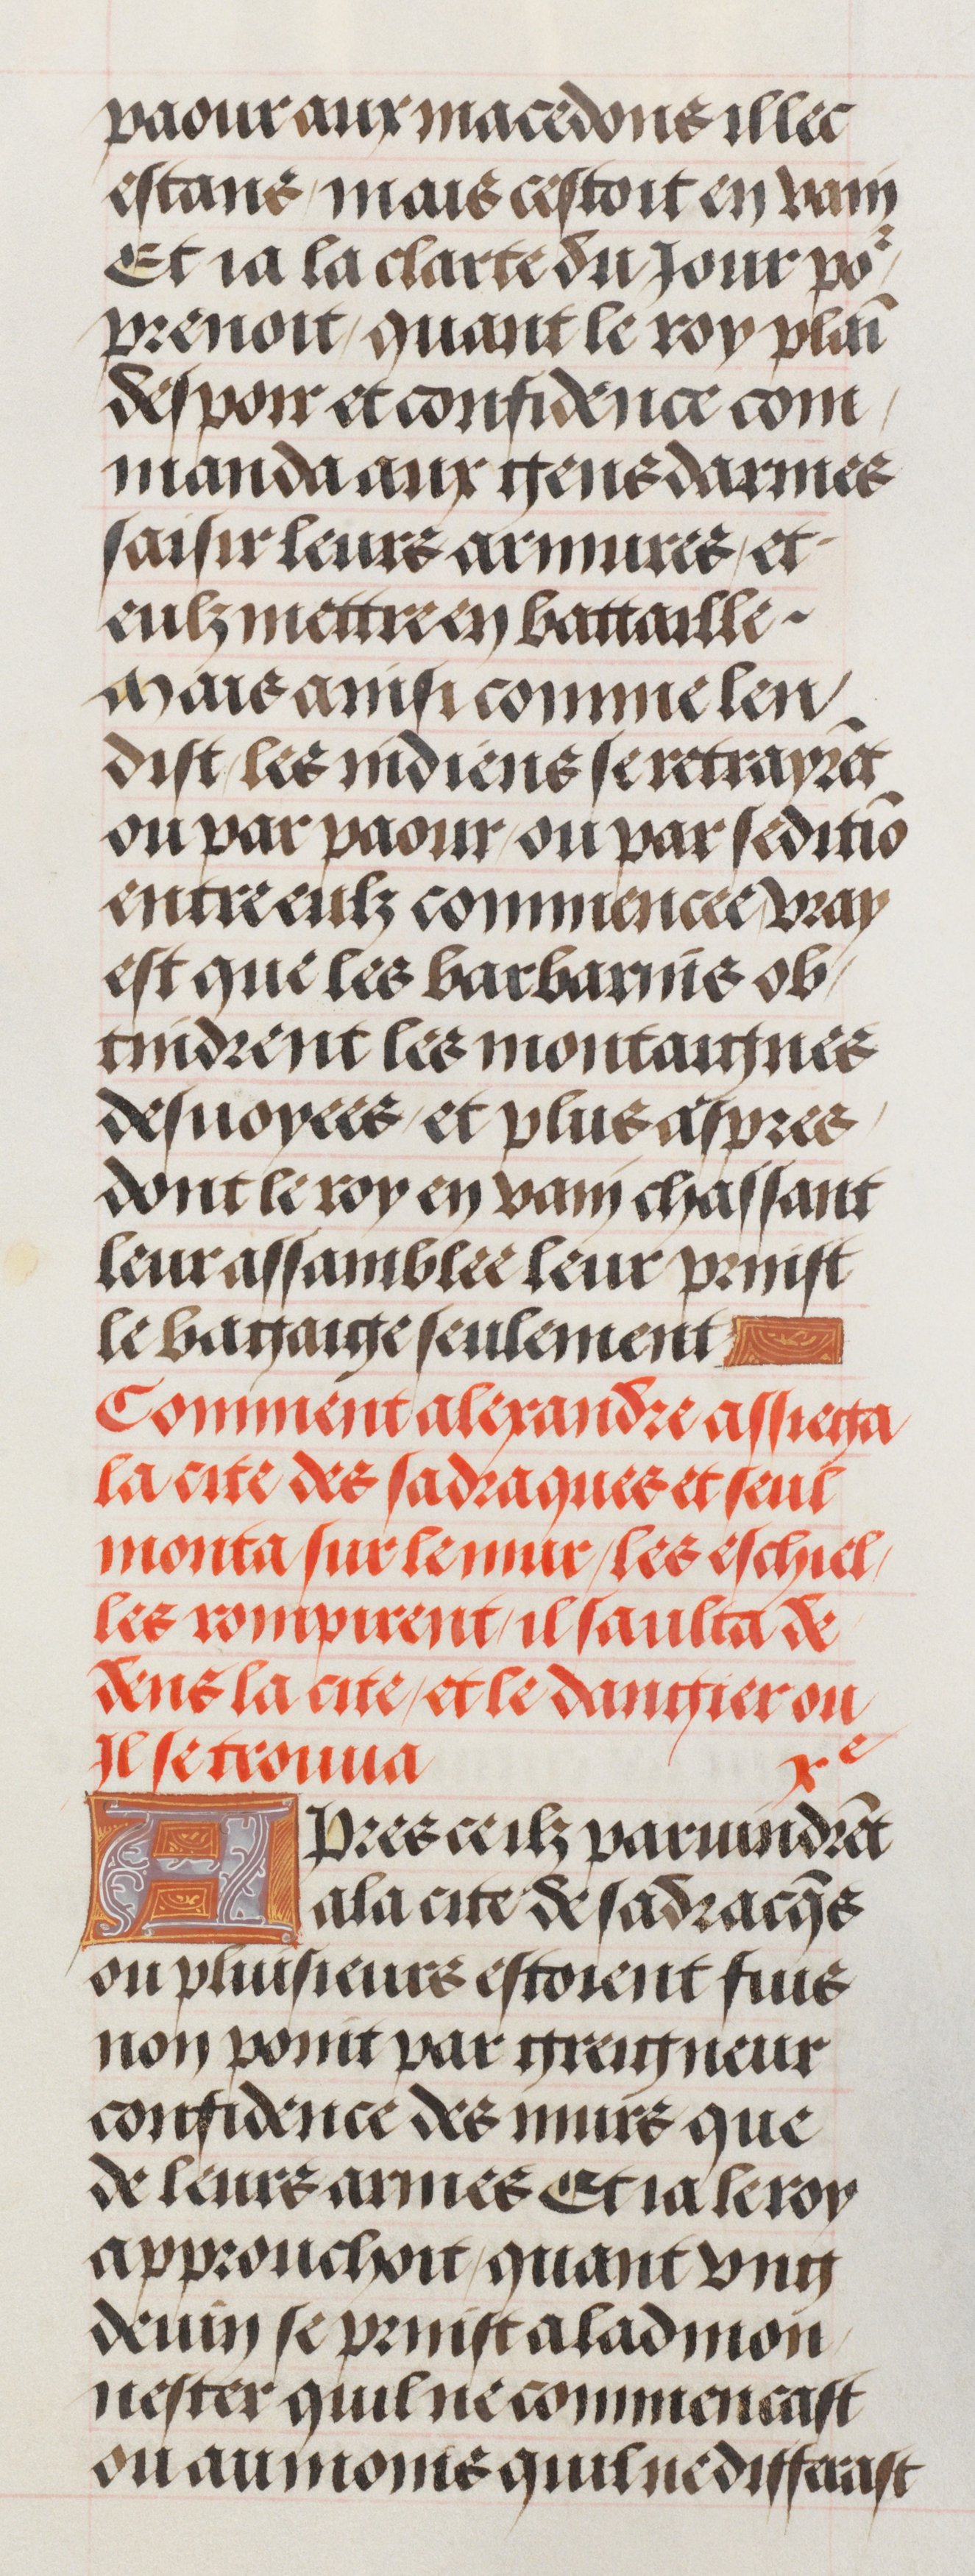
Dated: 1460–1515